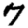
Digit: 7